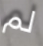
لم